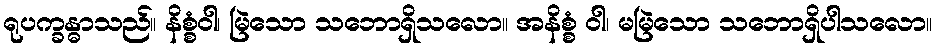
ရုပက္ခန္ဓာသည်။ နိစ္စံဝါ၊ မြဲသော သဘောရှိသလော။ အနိစ္စံ ဝါ၊ မမြဲသော သဘောရှိပါသလော။